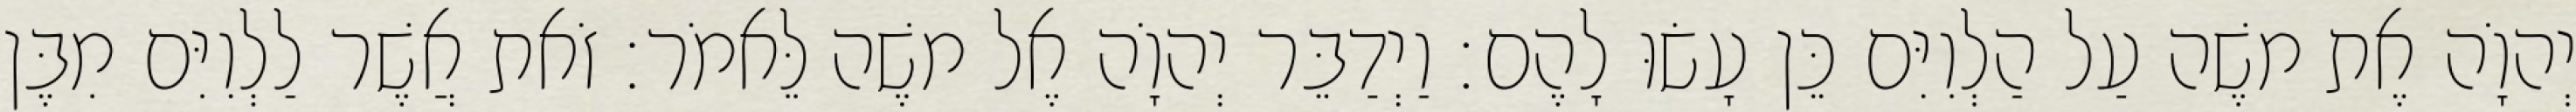
יְהוָֹה אֶת משֶׁה עַל הַלְוִיִּם כֵּן עָשׂוּ לָהֶם׃ וַיְדַבֵּר יְהוָֹה אֶל משֶׁה לֵּאמֹר׃ זֹאת אֲשֶׁר לַלְוִיִּם מִבֶּן